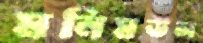
মনিমউল